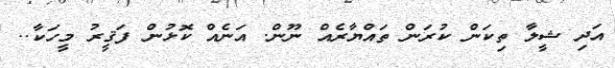
އަދި ޝީލާ ތިކަން ކުރަން ތައްޔާރެއް ނޫން. އަނެއް ކޮޅުން ފަޤީރު މީހަކާ..